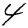
Digit: 4